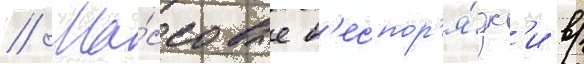
// Ма́ссовые б'еспор'я́дк'и в